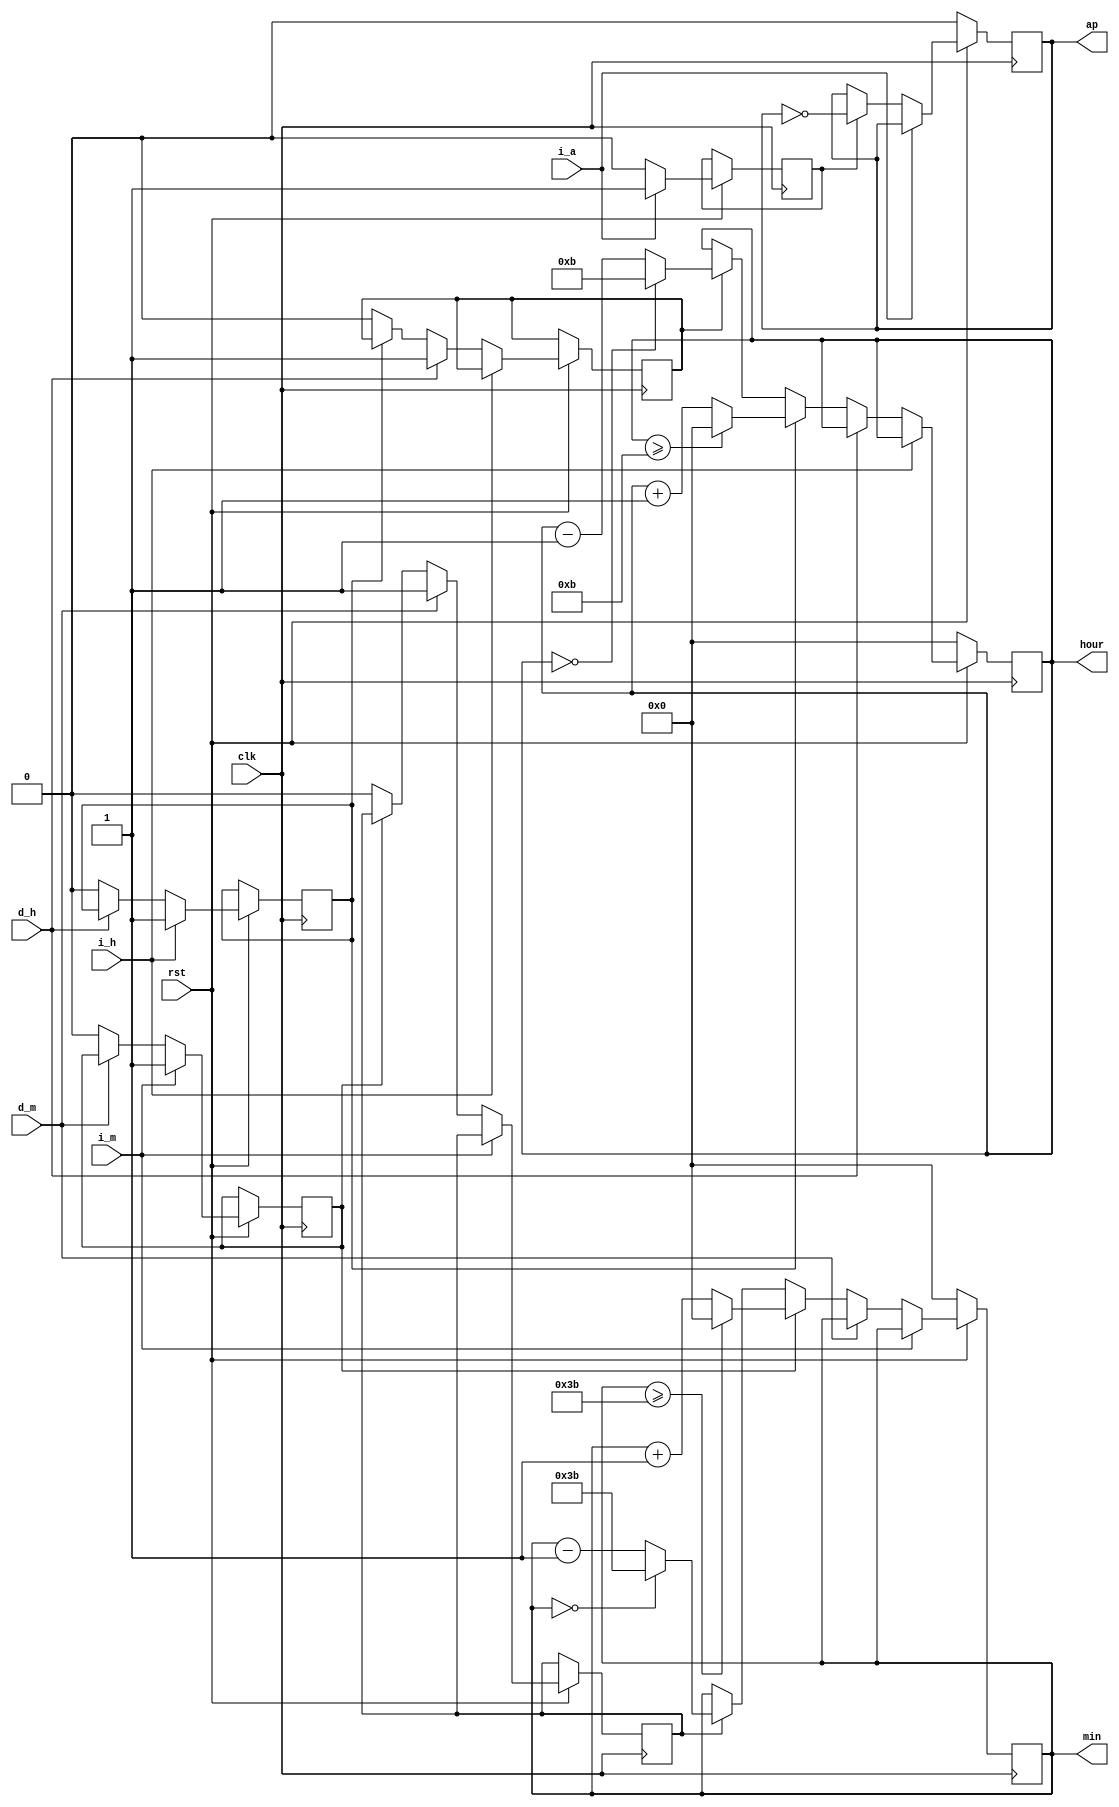
module times_static(rst, clk,
					ap, hour, min,
					i_a, i_h, i_m,
					d_h, d_m);
	// , 
	input rst, clk;

	// cnt ->  
	integer cnt;
	
	// 
	output ap;
	output [6:0] hour, min;
	reg ap;
	reg [6:0] hour, min;

	// ap  
	input i_a, i_h, i_m;
	reg f_a, f_h, f_m;

	// ap  
	input d_h, d_m;
	reg df_h, df_m;

	always @(posedge clk) begin
		// 
		if (~rst) min = 0;
		else begin
			if (i_m) f_m = 1;
			else if (d_m) df_m = 1;
			else if (f_m) begin
				f_m = 0;
				if (min >= 59) min = 0;
				else min = min + 1;
			end
			else if (df_m) begin
				df_m = 0;
				if (min == 0) min = 59;
				else min = min - 1;
			end
		end
	end
	
	always @(posedge clk) begin
		//  
		if (~rst) hour = 0;
		else begin
			if (i_h) f_h = 1;
			else if (d_h) df_h = 1;
			else if (f_h) begin
				f_h = 0;
				if (hour >= 11) hour = 0;
				else hour = hour + 1;
			end
			else if(df_h) begin
				df_h = 0;
				if (hour == 0) hour = 11;
				else hour = hour - 1;
			end
		end
	end

	always @(posedge clk) begin
		// ap/pm 
		if (~rst) ap = 0;
		else begin
			if (i_a) f_a = 1;
			else if (f_a) begin
				f_a = 0;
				ap = ~ap;
			end
		end
	end
endmodule